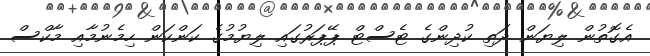
އެގޮތުން ލިޔަން ދަތި ކުދިންގެ ޓެސްޓް ޕޭޕަރުގައި ލިޔުމުގެ ކަންކަން ހިމެނުމާއި މާކްސް